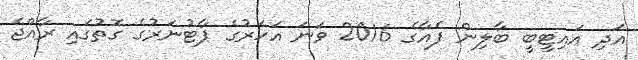
އަދި އައިޓީބީ ބާލިން ފެއާގެ 2016 ވަނަ އަހަރުގެ ޕާޓުނަރުގެ ގޮތުގައި ރާއްޖެ